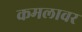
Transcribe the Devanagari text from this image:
कमलावर